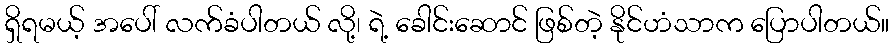
ရှိရမယ့် အပေါ် လက်ခံပါတယ် လို့၊ ရဲ့ ခေါင်းဆောင် ဖြစ်တဲ့ နိုင်ဟံသာက ပြောပါတယ်။